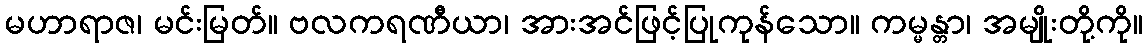
မဟာရာဇ၊ မင်းမြတ်။ ဗလကရဏီယာ၊ အားအင်ဖြင့်ပြုကုန်သော။ ကမ္မန္တာ၊ အမျိုးတို့ကို။